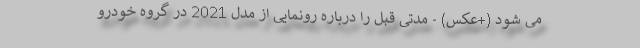
می شود (+عکس) - مدتی قبل را درباره رونمایی از مدل 2021 در گروه خودرو